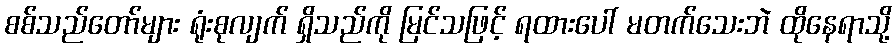
စစ်သည်တော်များ ရုံးစုလျက် ရှိသည်ကို မြင်သဖြင့် ရထားပေါ် မတက်သေးဘဲ ထိုနေရာသို့